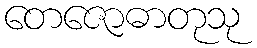
တေဇောဓာတုသု